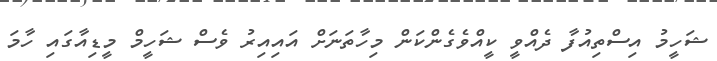
ޝަހީމު އިސްތިއުފާ ދެއްވީ ކީއްވެގެންކަން މިހާތަނަށް އައިއިރު ވެސް ޝަހީމް މީޑިއާގައި ހާމަ